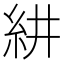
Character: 𮈃